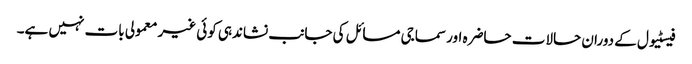
فیسٹیول کے دوران حالات حاضرہ اور سماجی مسائل کی جانب نشاندہی کوئی غیر معمولی بات نہیں ہے۔